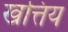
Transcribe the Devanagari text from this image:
खत्तिय